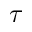
\tau